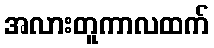
အလားတူကာလထက်